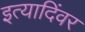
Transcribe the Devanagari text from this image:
इत्यादिंवर